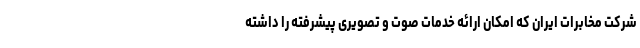
شرکت مخابرات ایران که امکان ارائه خدمات صوت و تصویری پیشرفته را داشته